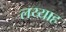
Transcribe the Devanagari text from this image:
लय्याह